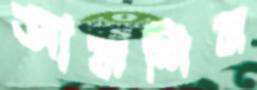
আফশিন